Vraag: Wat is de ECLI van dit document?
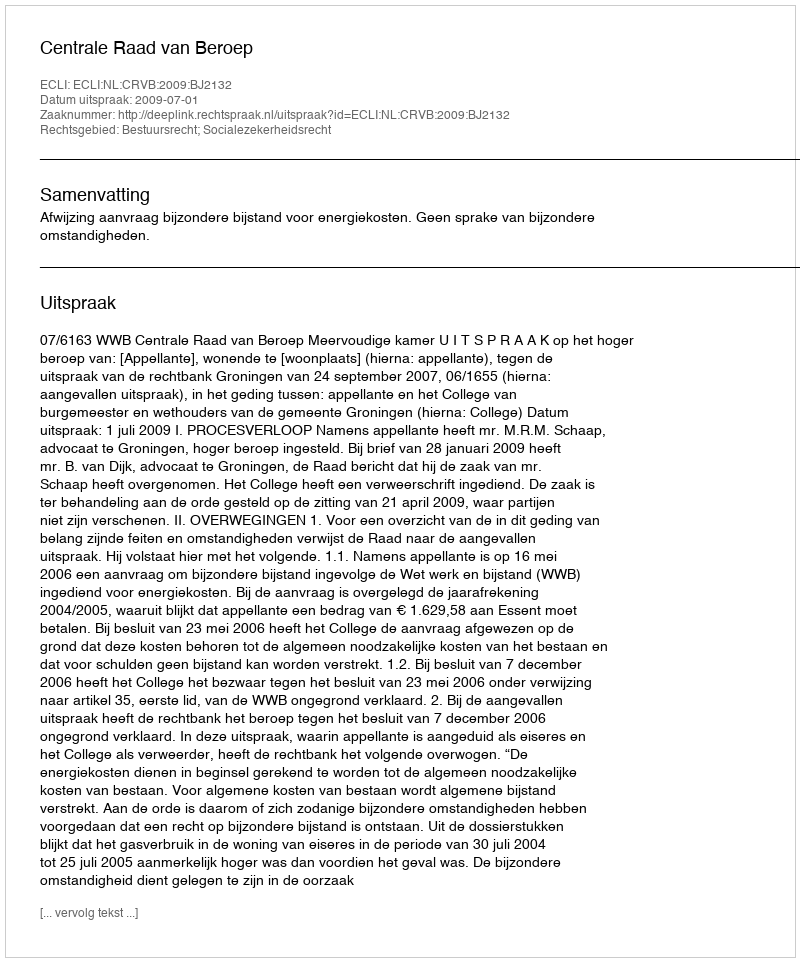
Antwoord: ECLI:NL:CRVB:2009:BJ2132